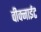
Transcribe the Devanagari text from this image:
वीक्नाईट